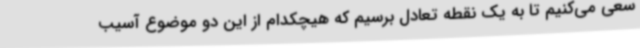
سعی می‌کنیم تا به یک نقطه تعادل برسیم که هیچکدام از این دو موضوع آسیب